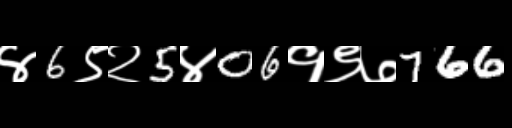
Text: ४6९२5४06१९७766